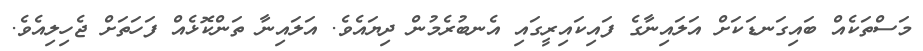
މަސްތަކެއް ބައިގަނޑަކަށް އަލައިނާގެ ފައިކައިރީގައި އެނބުރެމުން ދިޔައެވެ. އަލައިނާ ތަންކޮޅެއް ފަހަތަށް ޖެހިލިއެވެ.